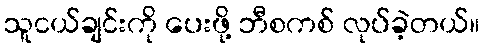
သူငယ်ချင်းကို ပေးဖို့ ဘီစကစ် လုပ်ခဲ့တယ်။